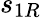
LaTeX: s_{1R}